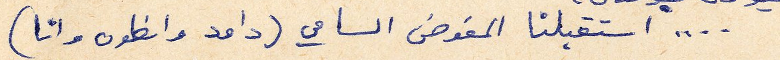
.... استقبلنا المفوض السامي (داود وانطون وانا)